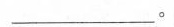
___。